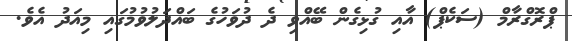
ޕްރޮގްރާމް (ސަކެޕް) އާއި ގުޅިގެން ބޭއްވި ދެ ދުވަހުގެ ބައްދަލުވުމުގައި މިއަދު އެވެ.